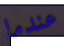
عندما